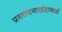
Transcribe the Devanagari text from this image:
प्रस्तावनाखंडामध्यें